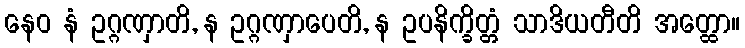
နေဝ နံ ဥဂ္ဂဏှာတိ, န ဥဂ္ဂဏှာပေတိ, န ဥပနိက္ခိတ္တံ သာဒိယတီတိ အတ္ထော။